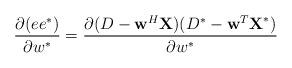
LaTeX: \begin{align*}\frac{\partial (ee^*)}{\partial w^*} = \frac{\partial (D-\textbf{w}^{H}\textbf{X})(D^*-\textbf{w}^{T}\textbf{X}^*) }{\partial w^*}\end{align*}